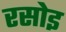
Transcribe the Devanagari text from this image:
रसोइ